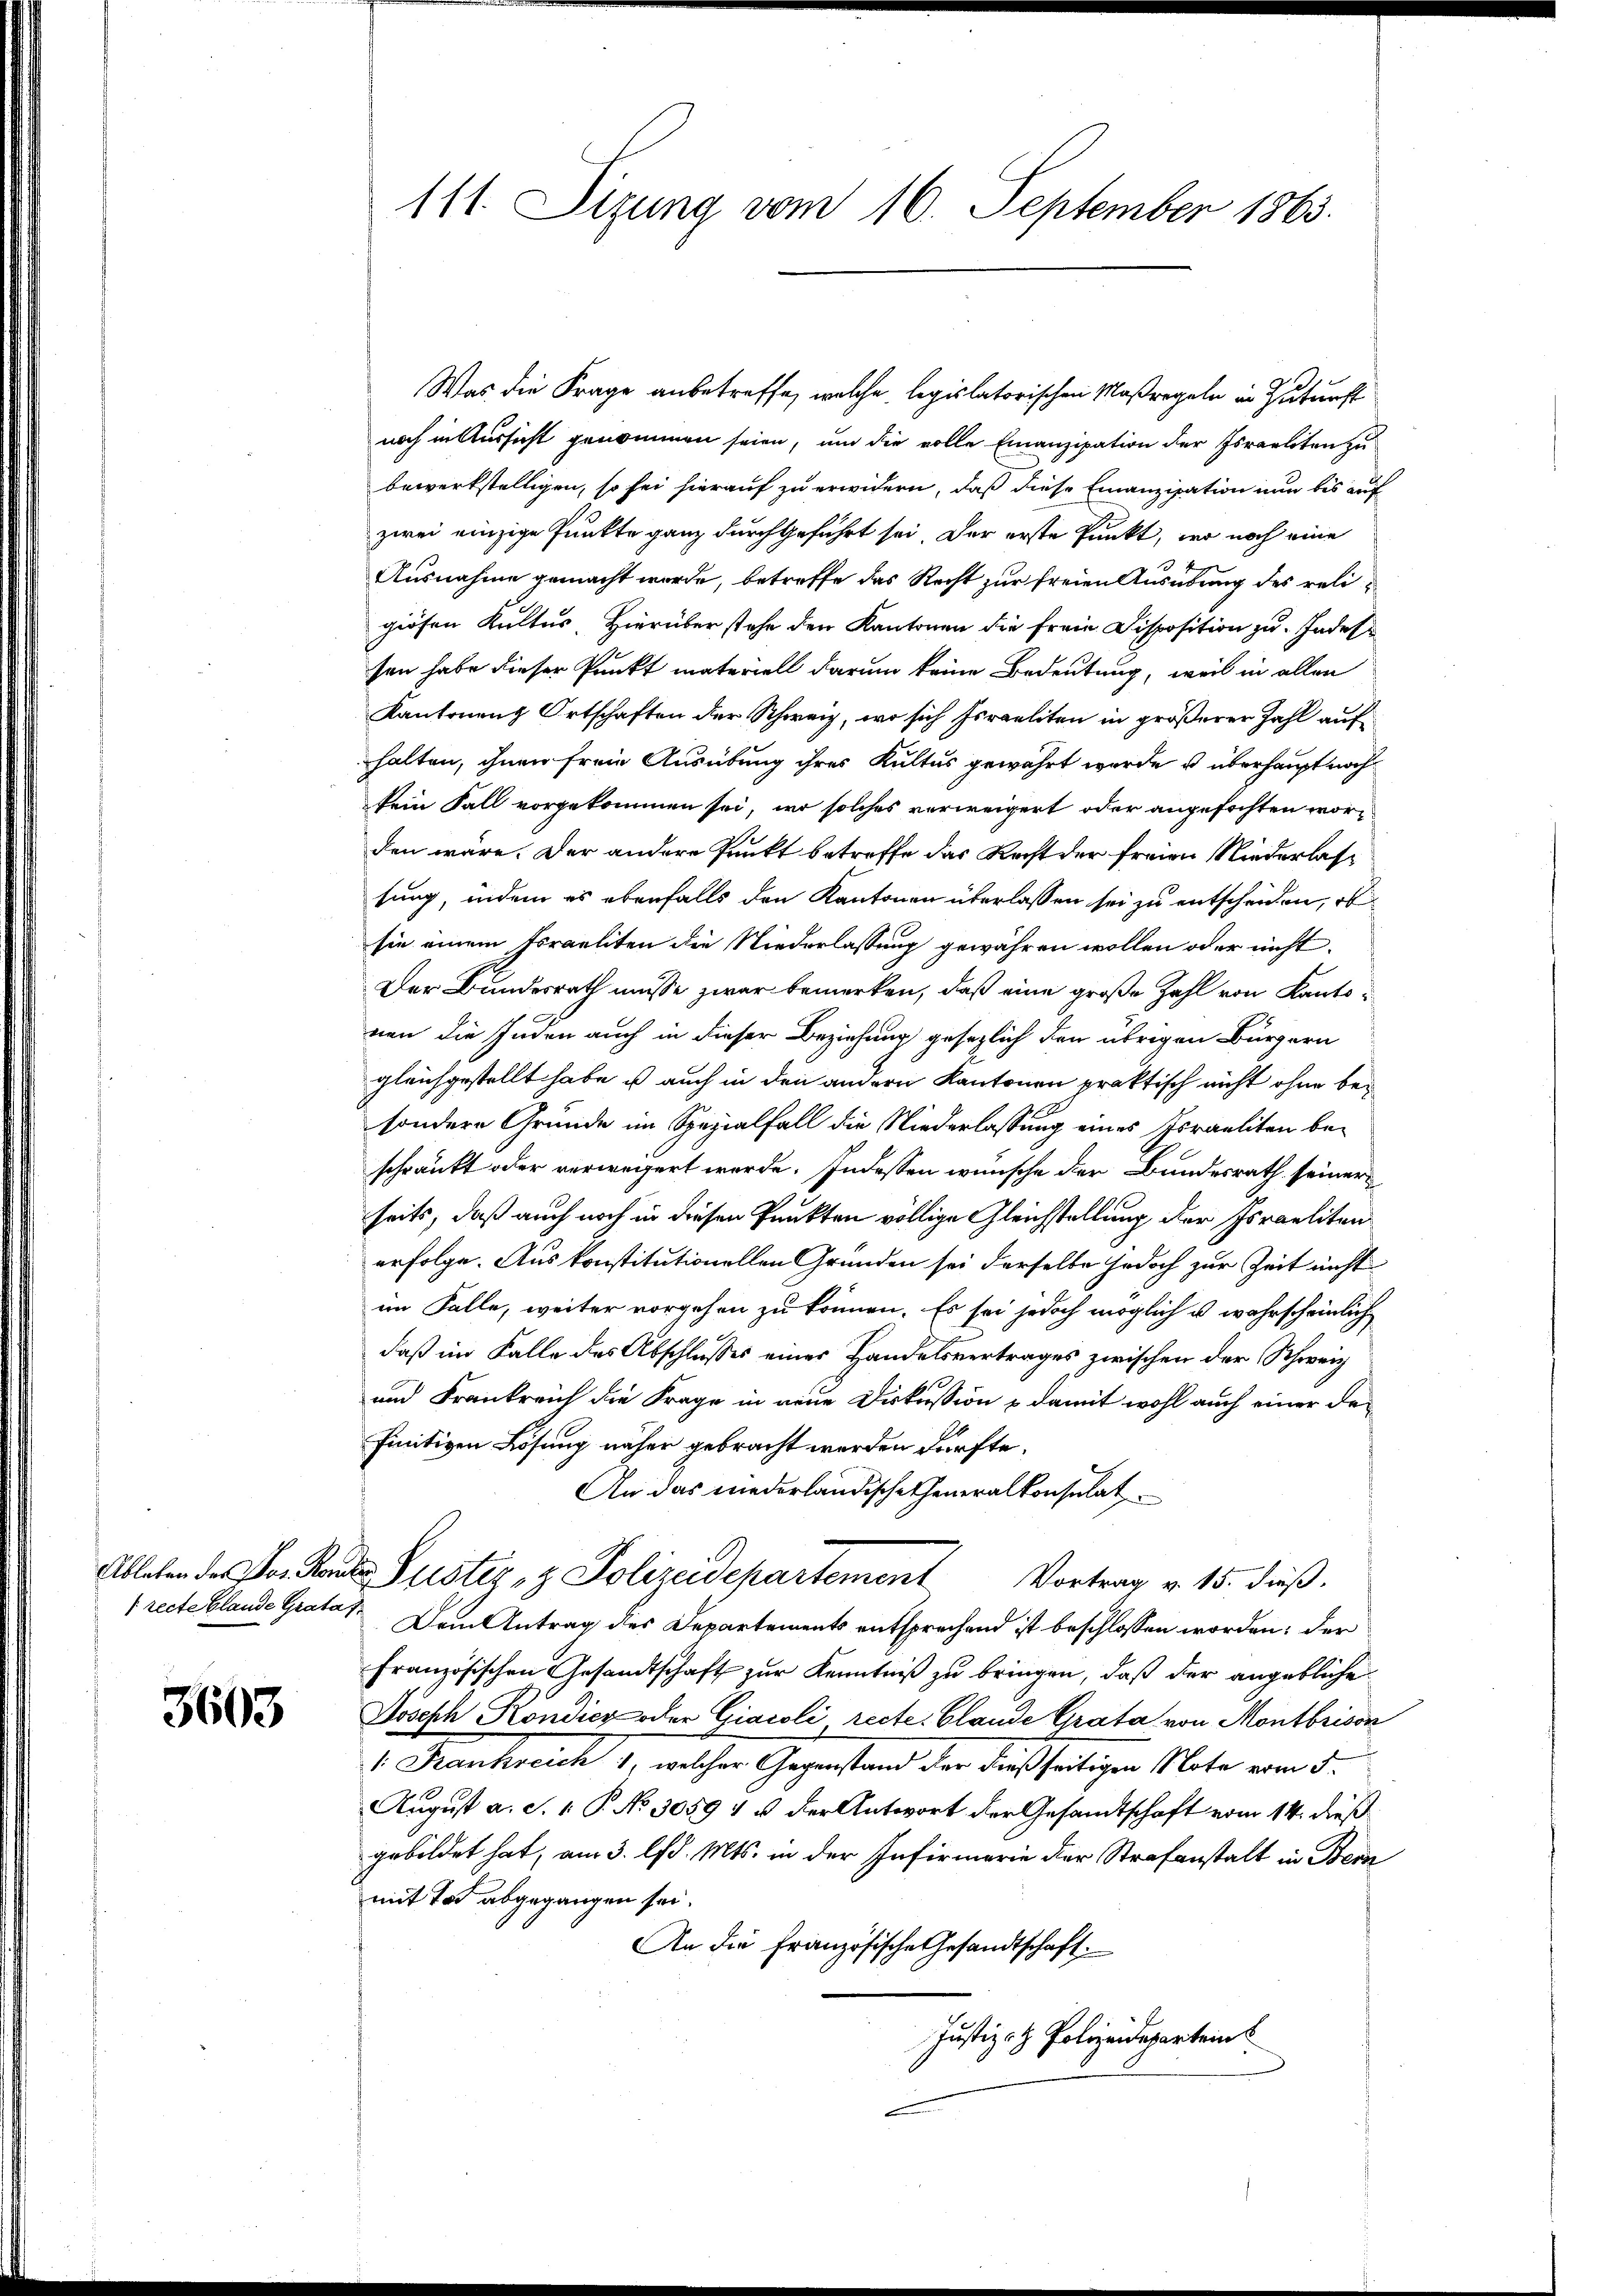
[recte blande Grata f

3603

111. Sizung vom 16. September 1863.

Was die Frage anbetreffe, welche legislatorischen Maßregeln in Zuturft
noch in Aussicht genommen seien, und die volle Emanzipation der Israeliten zu
bewerkstelligen, so sei hierauf zu erwidern, daß diese Emanzipation nun bis auf
zwei einzige Punkte ganz durchgeführt sei. Der erste Punkt, wo noch eine
Ausnahme gemacht wurde, betreffe das Recht zur freien Ausübung des religiösen Kultus, Hierüber stehe den Kantonen die freie Disposition zu. Indes
sen habe dieser Punkt materiell darum keine Bedeutung, weil in allen
Kantonenz Ortschaften der Schweiz, wo sich Israeliten in größerer Zahl auf
halten, ihnen freie Ausübung ihres Kultus gewährt wurde u. überhaupt noch
kein Fall vorgekommen sei, wo solches verweigert oder angefochten worden wäre. Der andere Punkt betreffe das Recht der freien Niederlassung, indem es ebenfalls den Kantonen überlassen sei zu entscheiden, ob
sie einem Israeliten die Niederlassung gewähren wollen oder nicht
Der Bundesrath müsse zwar bemerken, daß eine große Zahl von Kantonen die Juden auch in dieser Beziehung gesezlich den übrigen Bürgern
gleichgestellt habe, u auch in den andern Kantonen praktisch nicht ohne besondern Gründe im Spezialfall die Niederlassung eines Israeliten be-
schränkt oder verwegert werde. Indessen wünsche der Bundesrath seiner
seits, daß auch noch in diesen Punkten völlige Gleichstellung der Israeliten
erfolge. Aus konstitutionellen Gründen sei derselbe jedoch zur Zeit nicht
im Falle, weiter vorgehen zu können. Es sei jedoch möglich u. wahrscheinlich
daß im Falle des Abschlusses einer Handelsvertrages zwischen der Schweiz
und Frankreich die Frage in neue Diskussion & damit wohl auch einer definitiven Lösung näher gebracht werden dürfte.
An das niederländischeheneralkonsulat
Ableben des Vor Randes Justiz- & Polizeidepartement Vortrag v. 15. dieß.
Dem Antrag des Departements entsprechend ist beschlossen worden; der
französischen Gesandtschaft zur Kenntniß zu bringen, daß der angebliche
Joseph Kondico oder Giacoli recte. Glande Grata von Montbrison
1. Frankreich 1, welcher Gegenstand der dießseitigen Note vom 5.
August a. S. 1. P. No 30591 u. der Antwort der Gesandtschaft vom 14. dieß
gebildet hat, am 3. lfd. Mts. in der Infirmarie der Strafanstalt in Bern
mit Tod abgegangen sei.
An die Französische Gesandtschaft.
Justiz- & Polizeidepartein